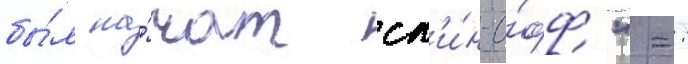
бы́л на́чат сп'и́н-о́фф "-: